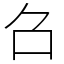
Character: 𠮥